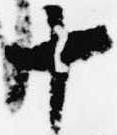
十